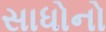
સાધોનો